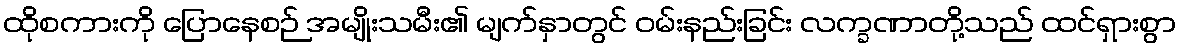
ထိုစကားကို ပြောနေစဉ် အမျိုးသမီး၏ မျက်နှာတွင် ဝမ်းနည်းခြင်း လက္ခဏာတို့သည် ထင်ရှားစွာ